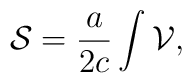
{\cal S}=\frac{a}{2c}\int {\cal V},